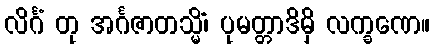
လိင်္ဂံ တု အင်္ဂဇာတသ္မိံ၊ ပုမတ္တာဒိမှိ လက္ခဏေ။